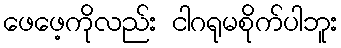
ဖေဖေ့ကိုလည်း ငါဂရုမစိုက်ပါဘူး